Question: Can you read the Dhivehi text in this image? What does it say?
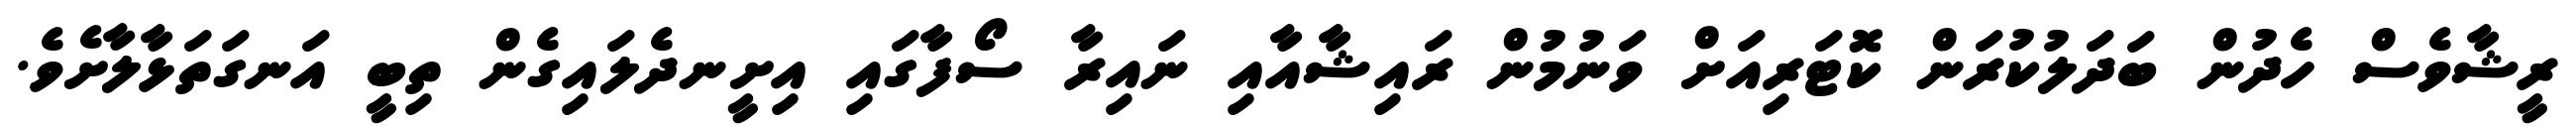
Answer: ރީޝާވެސް ހެދުން ބަދަލުކުރަން ކޮޓަރިއަށް ވަނުމުން ރައިޝާއާއި ނައިރާ ސޯފާގައި އިށީނދެލައިގެން ތިބީ އަނގަތަޅާލާށެވެ.